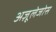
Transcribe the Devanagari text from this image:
अज़ूलेजोस